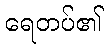
ရေတပ်၏